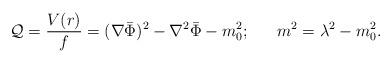
LaTeX: \begin{align*}{\cal Q}= { V(r) \over f}=(\nabla \bar \Phi)^2 - \nabla^2 \bar \Phi - m_0^2 ;~~~~~ m^2 = \lambda^2 - m_0^2.\end{align*}